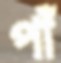
পাঁ